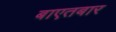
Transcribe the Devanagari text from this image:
बाएतबार